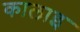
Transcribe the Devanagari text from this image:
कालाइ